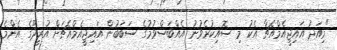
"މިއަދު އައިޖީއެމްއެޗާ އެކު މި ސޮއިކުރެވުނު އެއްބަސްވުމުގެ ސަބަބުން އައިޖީއެމްއެޗަށް އުރީދޫގެ އެންމެ